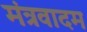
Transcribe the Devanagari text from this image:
मंत्रवादम